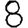
Digit: 8